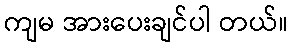
ကျမ အားပေးချင်ပါ တယ်။